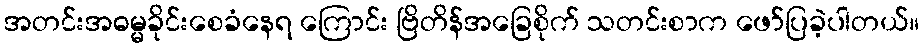
အတင်းအဓမ္မခိုင်းစေခံနေရ ကြောင်း ဗြိတိန်အခြေစိုက် သတင်းစာက ဖော်ပြခဲ့ပါတယ်။